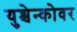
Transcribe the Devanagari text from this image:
युश्चेन्कोवर